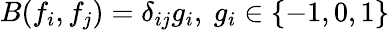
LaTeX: B(f_{i},f_{j})=\delta_{ij}g_{i},\ g_{i}\in\{ -1,0,1\}